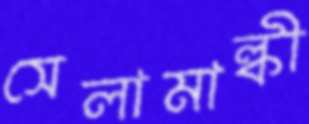
সেলামাল্কী